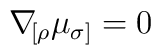
\nabla\!_{[\rho}\mu_{\sigma]}=0